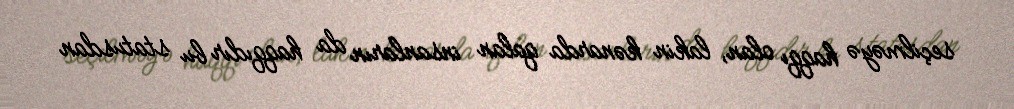
seçilməyə haqqı olan, lakin kənarda qalan insanların da haqqıdır bu statusdan